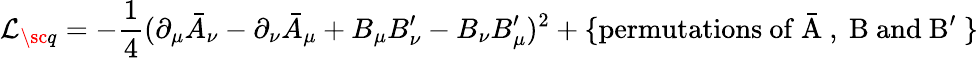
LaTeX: {\cal L}_{\sc q}=-\frac{1}{4}(\partial_{\mu}\bar{A}_{\nu}-\partial_{\nu}\bar{A}_{\mu}+B_{\mu}B_{\nu}^{\prime}-B_{\nu}B_{\mu}^{\prime})^{2}+\{ \mathrm{permutations~of~\bar{A}~,~B~and~B^{\prime}~}\}